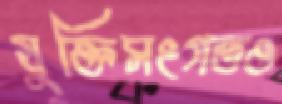
যুক্তিসংগতও